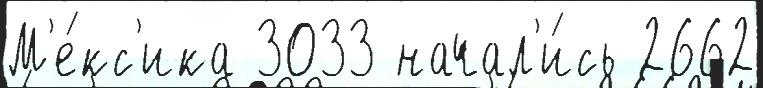
М'е́кс'ика 3033 начал'и́сь 2662